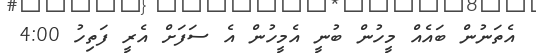
އެތަނުން ބައެއް މީހުން ބުނީ އެމީހުން އެ ސަފަށް އެރީ ފަތިހު 4:00